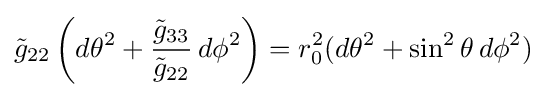
{\tilde {g}}_{22}\left(d\theta ^{2}+{\frac {{\tilde {g}}_{33}}{{\tilde {g}}_{22}}}\,d\phi ^{2}\right)=r_{0}^{2}(d\theta ^{2}+\sin ^{2}\theta \,d\phi ^{2})